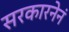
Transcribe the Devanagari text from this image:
सरकारनेनं